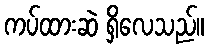
ကပ်ထားဆဲ ရှိလေသည်။